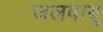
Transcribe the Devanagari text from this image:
जलवायू